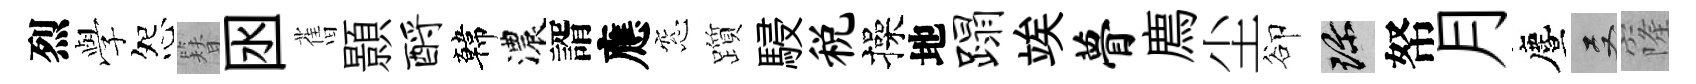
烈𫝯怨簪囦𦾔顥酹韓濃諝應窓躓駸税操地蹋竢瞢廌尘卻珍帑月󵨌双窿